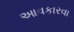
આવકારવા